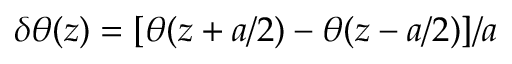
\delta \theta ( z ) = [ \theta ( z + a / 2 ) - \theta ( z - a / 2 ) ] / a